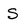
Character: S